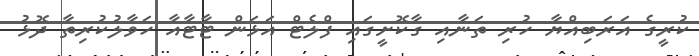
ކުރީގެ އަރަބިއްޔާ ހުރި ތަނާއި ގާކޮށީގައި ފްލެޓް އަޅަން ޓާޓާއާ ހަވާލުކުރިތާ ދޮޅު